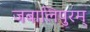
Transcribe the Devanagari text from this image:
जबालिपुरम्